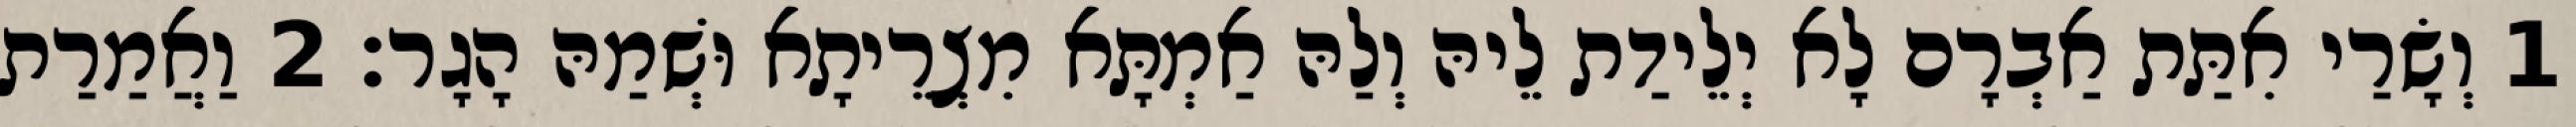
1 וְשָׂרַי אִתַּת אַבְרָם לָא יְלֵידַת לֵיהּ וְלַהּ אַמְתָּא מִצְרֵיתָא וּשְׁמַהּ הָגָר׃ 2 וַאֲמַרַת